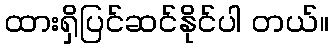
ထားရှိပြင်ဆင်နိုင်ပါ တယ်။